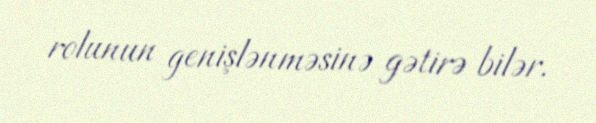
rolunun genişlənməsinə gətirə bilər.